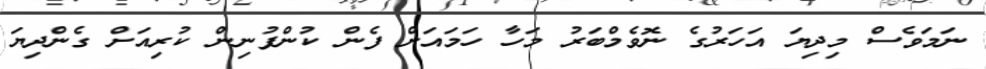
ނަމަވެސް މިދިޔަ އަހަރުގެ ނޮވެމްބަރު މަހާ ހަމައަށް ފެން ކުންފުނިން ކުރިއަށް ގެންދިޔަ